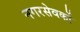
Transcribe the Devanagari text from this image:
नगरसेवकों